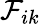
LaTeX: \mathcal{F}_{ik}